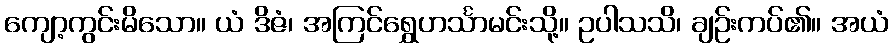
ကျော့ကွင်းမိသော။ ယံ ဒိဇံ၊ အကြင်ရွှေဟင်္သာမင်းသို့။ ဥပါသသိ၊ ချဉ်းကပ်၏။ အယံ